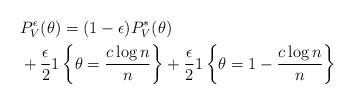
LaTeX: \begin{align*}&P_V^\epsilon(\theta)=(1-\epsilon) P^\ast _{V}(\theta) \\ &+\frac{\epsilon}{2} 1\left\{\theta=\frac{c\log n}{n}\right\}+\frac{\epsilon}{2} 1\left\{\theta=1- \frac{c\log n}{n}\right\} \end{align*}